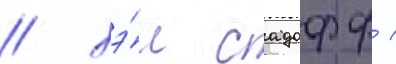
/ хэ́л садофф /